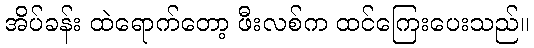
အိပ်ခန်း ထဲရောက်တော့ ဖီးလစ်က ထင်ကြေးပေးသည်။